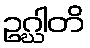
ဥဂ္ဃါတိ